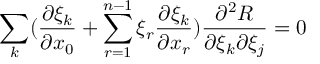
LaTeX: \sum _ { k } ( \frac { \partial \xi _ { k } } { \partial x _ { 0 } } + \sum _ { r = 1 } ^ { n - 1 } \xi _ { r } \frac { \partial \xi _ { k } } { \partial x _ { r } } ) \frac { \partial ^ { 2 } R } { \partial \xi _ { k } \partial \xi _ { j } } = 0